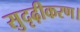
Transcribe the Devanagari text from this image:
सुदृढ़ीकरण।